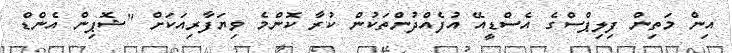
އިން މަތިން ފިލިޕްސްގެ އެސްޑީއޭ އުފެއްދުންތަކުން ކުރާ ކޮންމެ ވިޔަފާރިއަކަށް "ޝޮޕިން އެންޑް